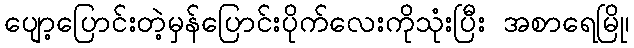
ပျော့ပြောင်းတဲ့မှန်ပြောင်းပိုက်လေးကိုသုံးပြီး အစာရေမြို၊